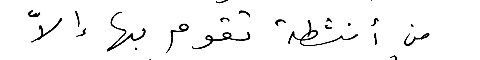
من أنشطة تقوم بها إلاّ